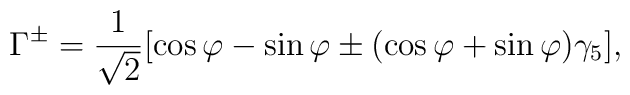
\Gamma^{\pm}=\frac{1}{\sqrt{2}}[\cos\varphi -\sin\varphi \pm(\cos\varphi +\sin\varphi )\gamma_5],